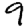
Digit: 9